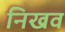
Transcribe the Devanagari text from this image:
निखव